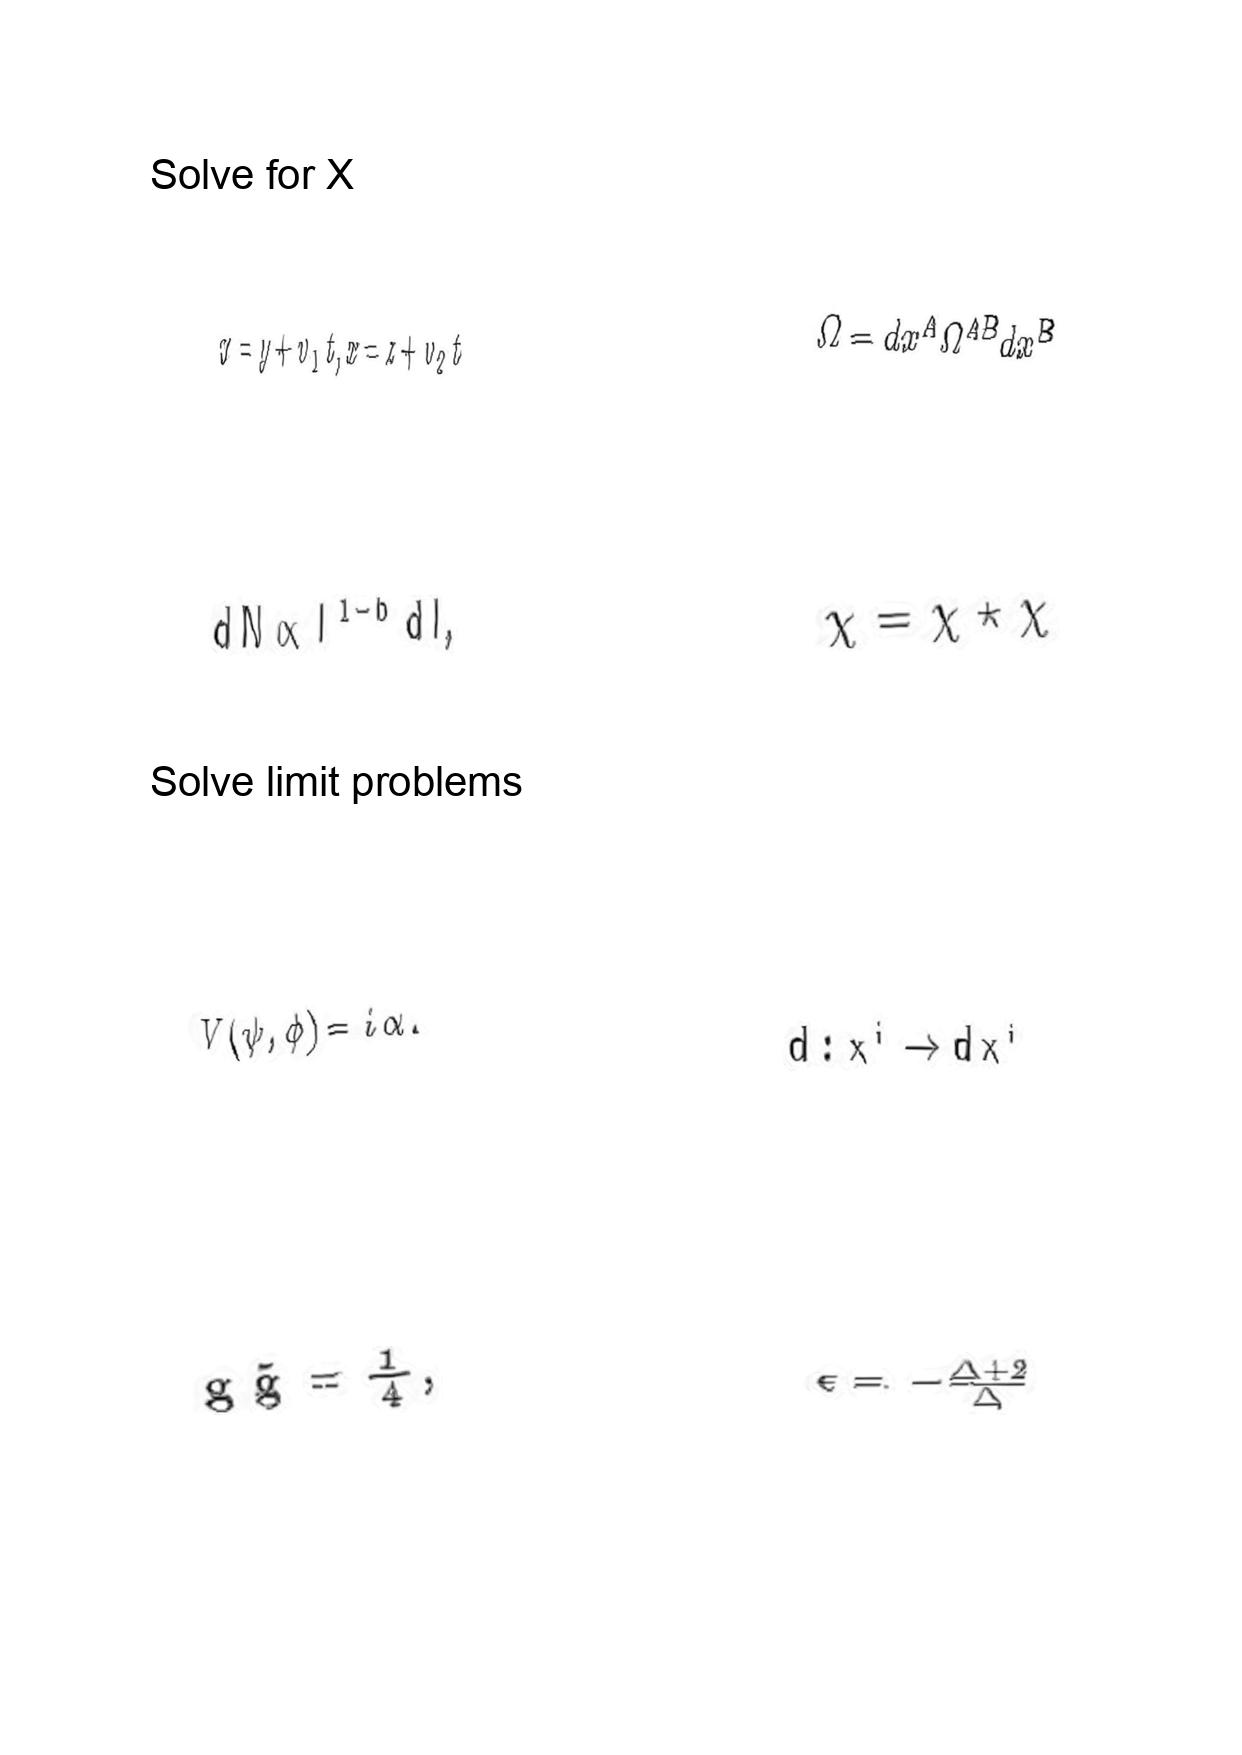
LaTeX transcription:
x = y + v _ { 1 } t , x = z + v _ { 2 } t
d N \propto l ^ { 1 - b } d l ,
V \lparen \psi , \phi \rparen = i \alpha .
g \tilde { g } = \frac { 1 } { 4 } ,
\Omega = d x ^ { A } \Omega ^ { A B } d x ^ { B }
\chi = \chi \star \chi
d : x ^ { i } \rightarrow d x ^ { i }
\epsilon = - \frac { \Delta + 2 } { \Delta }